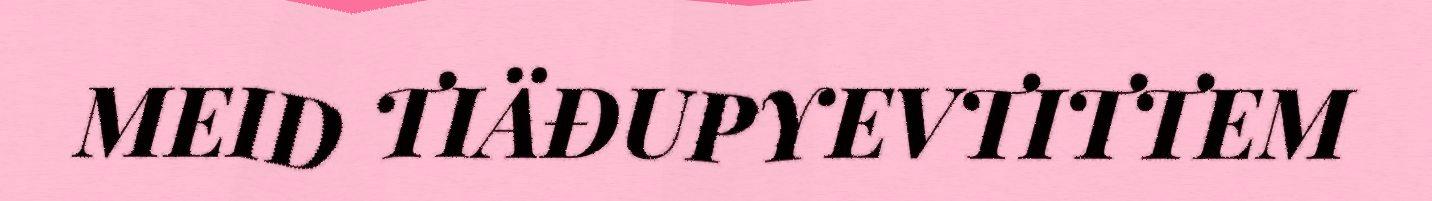
MEID TIÄĐUPYEVTITTEM